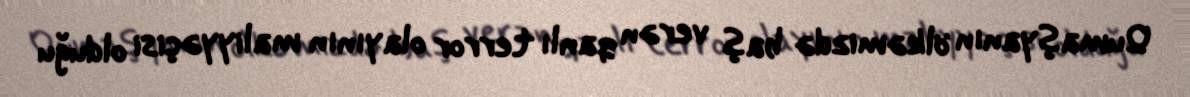
Qumaşyanın ölkəmizdə baş verən qanlı terror olayının maliyyəçisi olduğu